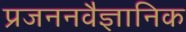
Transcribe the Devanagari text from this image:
प्रजननवैज्ञानिक